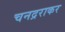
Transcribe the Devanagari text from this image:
चनद्रराकर